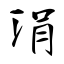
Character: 涓